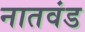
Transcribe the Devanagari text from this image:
नातवंड